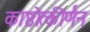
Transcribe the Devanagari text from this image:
काष्ठोत्कीर्णन